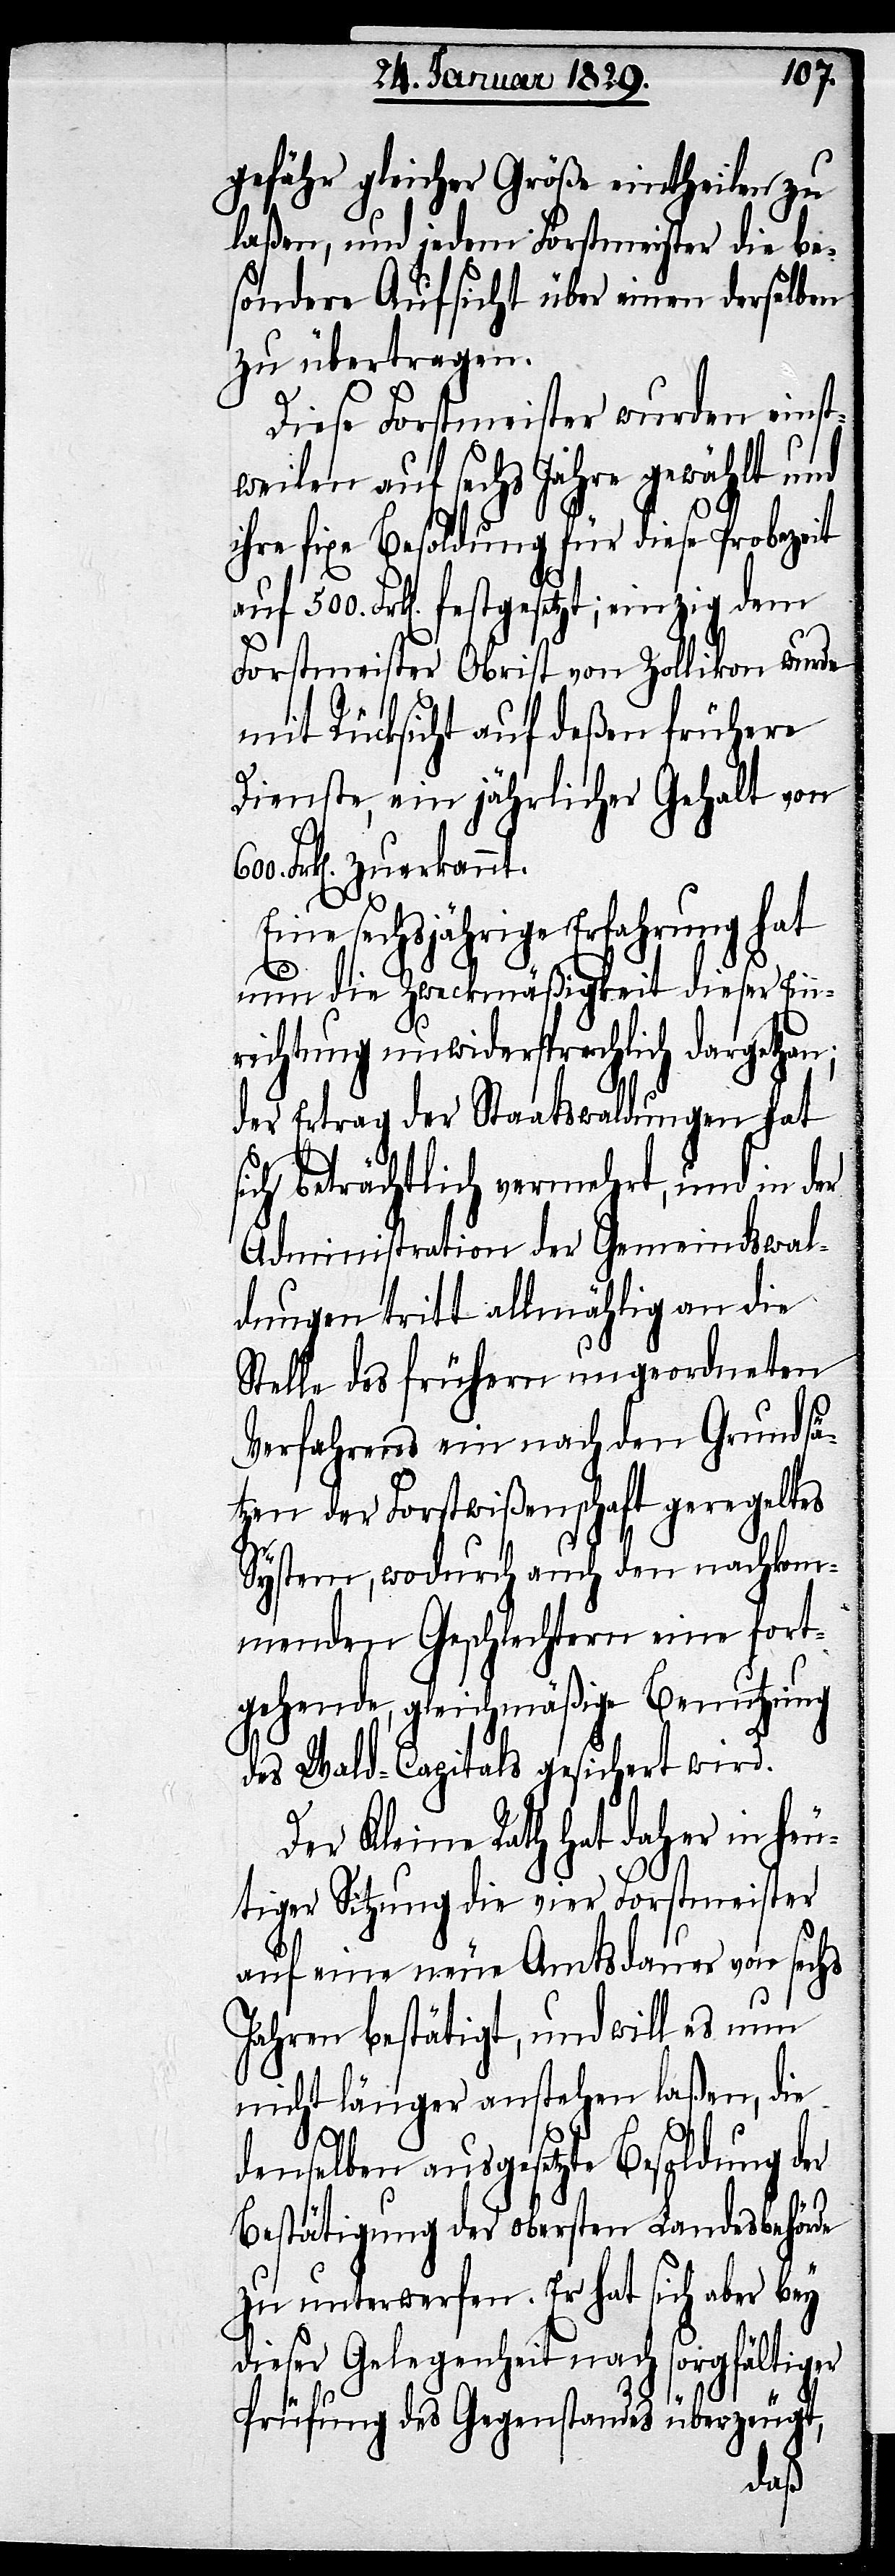
einzig
gefähr gleicher Größe eintheilen zu
laßen, und jedem Forstmeister die be¬
sondere Aufsicht über einen derselben
zu übertragen.
Diese Forstmeister wurden einst¬
weilen auf sechs Jahre gewählt und
ihre fixe Besoldung für diese Probezeit
Forstmeister Obrist von Zollikon wurde
mit Rücksicht auf deßen frühere
Dienste, ein jährlicher Gehalt von
Frk[en]. zuerkannt.
Eine sechsjährige Erfahrung hat
nun die Zweckmäßigkeit dieser Ein¬
richtung unwidersprechlich dargethan;
der Ertrag der Staatswaldungen hat
sich beträchtlich vermehrt, und in der
Administration der Gemeindswal¬
dungen tritt allmählig an die
Stelle des frühern ungeordneten
Verfahrens ein nach den Grundsä¬
tzen der Forstwißenschaft geregeltes
System, wodurch auch den nachkom¬
menden Geschlechtern eine fort¬
gehende, gleichmäßige Benutzung
des Wald-Capitals gesichert wird.
Der Kleine Rath hat daher in heu¬
tiger Sitzung die vier Forstmeister
auf eine neue Amtsdauer von sechs
Jahren bestätigt, und will es nun
nicht länger anstehen laßen, die
600.
denselben ausgesetzte Besoldung der
Bestätigung der obersten Landesbehörde
zu unterwerfen. Er hat sich aber bey
dieser Gelegenheit nach sorgfältiger
Prüfung des Gegenstandes überzeugt,
dem